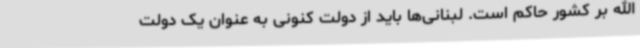
الله بر کشور حاکم است. لبنانی‌ها باید از دولت کنونی به عنوان یک دولت